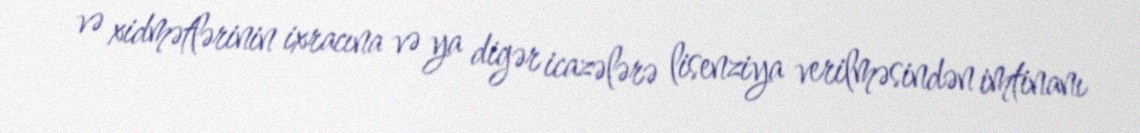
və xidmətlərinin ixracına və ya digər icazələrə lisenziya verilməsindən imtinanı